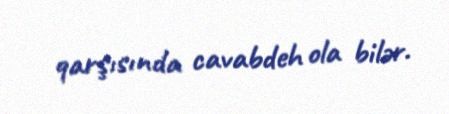
qarşısında cavabdeh ola bilər.